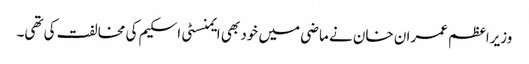
وزیراعظم عمران خان نے ماضی میں خود بھی ایمنسٹی اسکیم کی مخالفت کی تھی۔